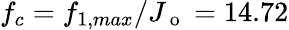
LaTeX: f_{c}=f_{1,max}/J_{\mathrm{~o~}}=14.72